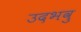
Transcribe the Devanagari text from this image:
उदभवु